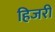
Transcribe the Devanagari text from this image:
हिजरी